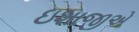
ઇશાજીએ